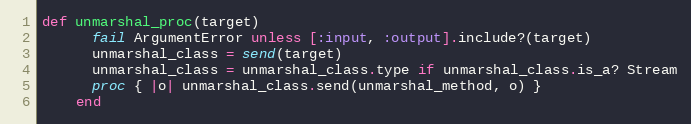
Language: Ruby
def unmarshal_proc(target)
      fail ArgumentError unless [:input, :output].include?(target)
      unmarshal_class = send(target)
      unmarshal_class = unmarshal_class.type if unmarshal_class.is_a? Stream
      proc { |o| unmarshal_class.send(unmarshal_method, o) }
    end